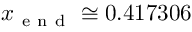
x _ { \mathrm { ~ e ~ n ~ d ~ } } \cong 0 . 4 1 7 3 0 6